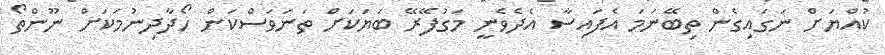
ކުއްޔަށް ނަގައިގެން ތިބޭނަމަ އެފައިސާ އެދެވެނީ މަގުފޭރޭ ބަޔަކަށް ތަނަވަސްކަން ހޯދާދިނުމަކަށް ނޫންތޯ